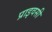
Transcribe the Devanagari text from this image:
प्राइवसी